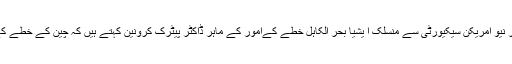
مگر واشنگٹن کے ایک تھنک ٹینک سینٹر فار نیو امریکن سیکیورٹی سے منسلک ا یشیا بحر الکاہل خطے کےامور کے ماہر ڈاکٹر پیٹرک کرونین کہتے ہیں کہ چین کے خطے کے بیشتر ممالک کے ساتھ اچھے تعلقات ہیں۔